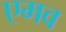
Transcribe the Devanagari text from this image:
एमव